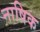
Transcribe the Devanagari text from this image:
नाषिक